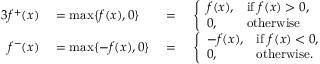
\begin{array} { r l r l } { { 3 } f ^ { + } ( x ) } & { { } = \operatorname* { m a x } \{ f ( x ) , 0 \} } & { { } = { } } & { { } { \left\{ \begin{array} { l l } { f ( x ) , } & { { \mathrm { i f ~ } } f ( x ) > 0 , } \\ { 0 , } & { { \mathrm { o t h e r w i s e } } } \end{array} \right. } } \\ { f ^ { - } ( x ) } & { { } = \operatorname* { m a x } \{ - f ( x ) , 0 \} } & { { } = { } } & { { } { \left\{ \begin{array} { l l } { - f ( x ) , } & { { \mathrm { i f ~ } } f ( x ) < 0 , } \\ { 0 , } & { { \mathrm { o t h e r w i s e . } } } \end{array} \right. } } \end{array}